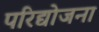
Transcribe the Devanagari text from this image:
परिद्योजना